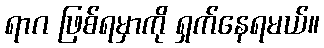
ရာဂ ဖြစ်ရမှာကို ရှက်နေရမယ်။